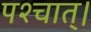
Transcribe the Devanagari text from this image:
पश्चात्‌।